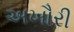
અખૌરી